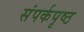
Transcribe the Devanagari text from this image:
संपर्कपृष्ठ